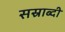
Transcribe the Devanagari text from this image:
सस्राब्दी